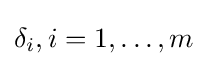
\delta _{i},i=1,\ldots ,m